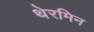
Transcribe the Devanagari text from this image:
थेरमिन